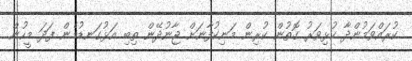
ކުރައްވަމުންދާ ކުޅިވަރު ގޮތުން ކުރިން މަނިކުފާނަށް ޖާނުދޭން ތިބި އަޅުގަނޑުމެން ފަދަ މީހުން